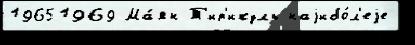
19651969 Ма́ян Т'ир'икуль наjибо́л'еjе